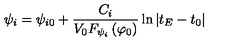
\psi _ { i } = \psi _ { i 0 } + \frac { C _ { i } } { V _ { 0 } F _ { \psi _ { i } } \left( \varphi _ { 0 } \right) } \ln \left| t _ { E } - t _ { 0 } \right|